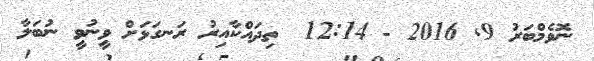
ނޮވެމްބަރު 9